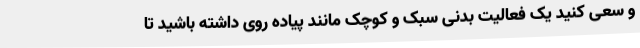
و سعی کنید یک فعالیت بدنی سبک و کوچک مانند پیاده روی داشته باشید تا